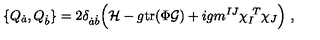
\{ Q _ { \dot { a } } , Q _ { \dot { b } } \} = 2 \delta _ { { \dot { a } } { \dot { b } } } \Bigl ( { \cal H } - { g } \mathrm { t r } ( \Phi { \cal G } ) + i g m ^ { I J } \chi _ { I } ^ { \ T } \chi _ { J } \Bigr ) \ ,